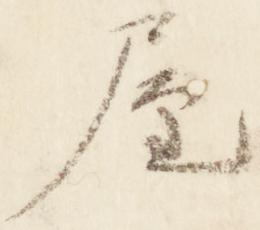
屋